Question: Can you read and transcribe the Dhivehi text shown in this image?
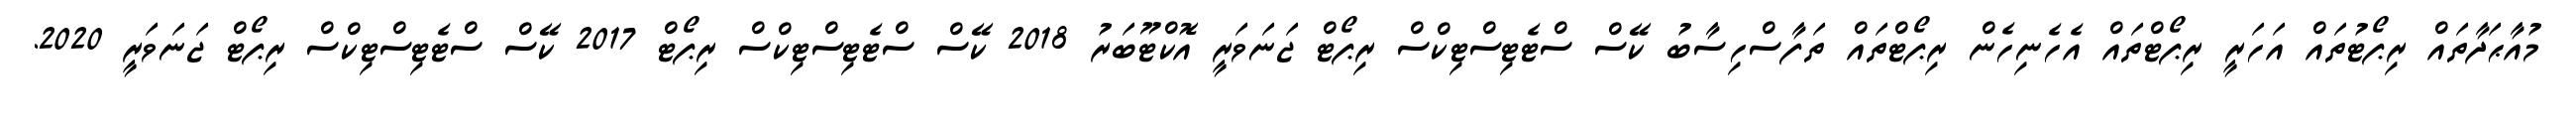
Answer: މުއާޙަދާތައް ރިޕޯޓުތައް އަހަރީ ރިޕޯޓްތައް އެހެނިހެން ރިޕޯޓްތައް ތަފާސްހިސާބު ކޭސް ސްޓެޓިސްޓިކްސް ރިޕޯޓް ޖަނަވަރީ އޮކްޓޫބަރު 2018 ކޭސް ސްޓެޓިސްޓިކްސް ރިޕޯޓް 2017 ކޭސް ސްޓެޓިސްޓިކްސް ރިޕޯޓް ޖަނަވަރީ 2020.